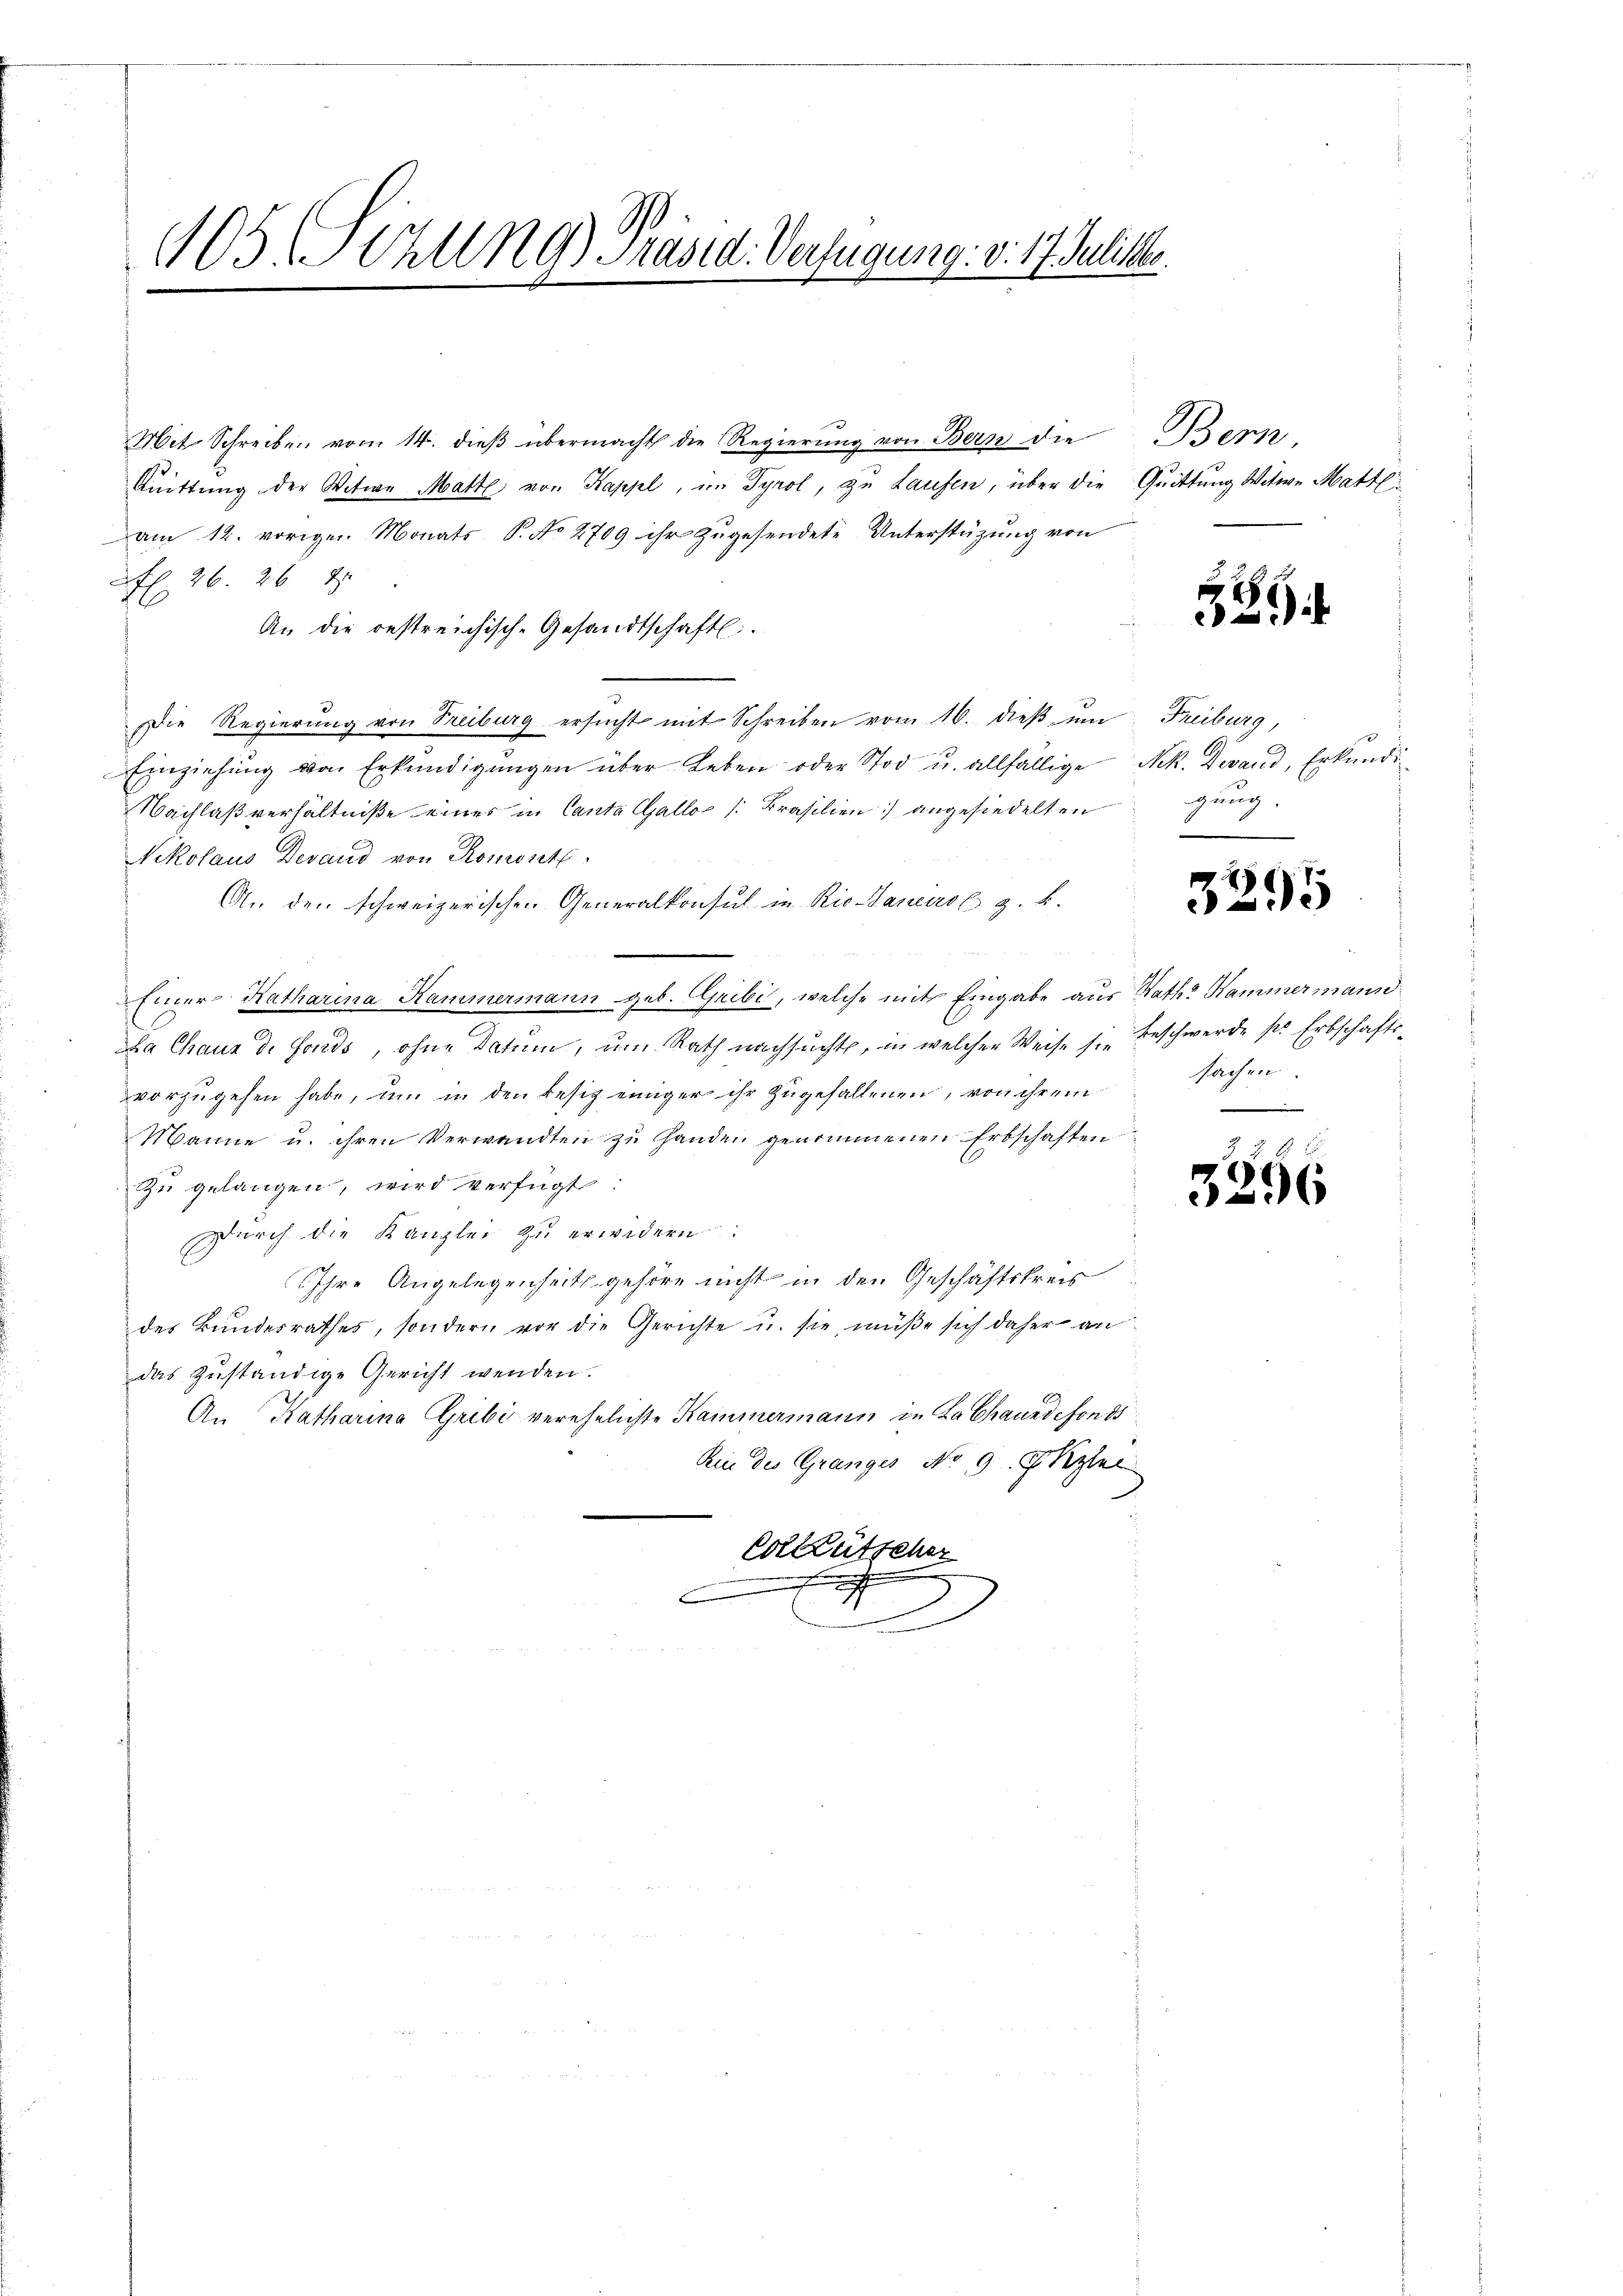
105 Sitzung. Präsid. Verfügung: v. 17. Julitter.

Mit Schreiben vom 14. dieβ übermacht die Regierŭng von Bern die Bern
Quittung der Witwe Matte von Kappl, im Tyrol, zu Laufen, über die Quittung Witwe Mattl
am 12. vorigen Monats S. No 2709 ihr zugesendete Unterstützung von
 26. 26 J
An die restreichische Gesandtschaft.
Die Regierung von Freiburg ersŭcht mit Schreiben vom 16. dieβ ŭm Freiburg,
Einziehŭng von Erkundigŭngen über Leben oder Stod u. allfällige Nek. Devand, Erkundi
Nachlaßverhältniße eines in Canta Gallo /Prasilien) angesiedeltengung
Nikolaus Devand von Romont
An den schweizerischen Generalkonsul in Rio Sanens z. B.
Einer Katharina Hammermann geb. Gribi, welche mit Eingabe aus Rath Hammermann
Da Chaus de Fonds, ohne Datum, um Rath nachsuchte, in welcher Weise sie Beschwerde sr. Erbschafts-
vorzŭgehen habe, ŭm in den Besitz einiger ihr zŭgefallenen, von ihrem Sachen
Manne u. ihren Verwandten zu Handen genommenen Erbschaften
Zu gelangen, wird verfügt:
Durch die Kanzlei zu erwidern:
Ihre Angelegenheits gehöre nicht in den Geschäftskreis
der Bundesrathes, sondern vor die Gerichte u. sie müße sich daher an
das zuständige Gericht wenden.
An Katharina Gribi verehelichte Kammermann in La Chaundefonds
hin des Granges No 9. Skyter
Coteütscher

339

2
5

§ §. 8.
)
296